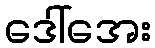
ဒေါ်အေး